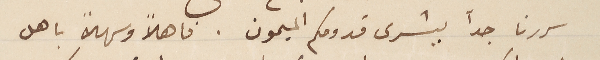
سررنا جدًا ببشرى قدومكم الميمون. فاهلاً وسهلاً باهل